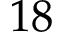
1 8